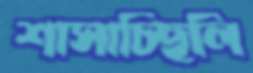
শাসাচ্ছিলি